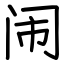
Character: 闹